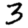
Digit: 3